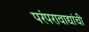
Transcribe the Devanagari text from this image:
परंपरावाद्यांची